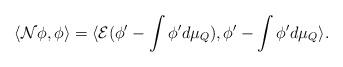
LaTeX: \begin{align*}\langle \mathcal{N}\phi,\phi \rangle=\langle \mathcal{E}(\phi'-\int \phi' d\mu_{Q}), \phi'-\int \phi' d\mu_{Q} \rangle.\end{align*}